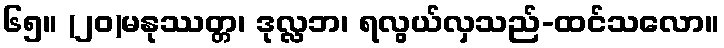
၆၅။ (၂၀)မနုဿတ္တ၊ ဒုလ္လဘ၊ ရလွယ်လှသည်-ထင်သလော။